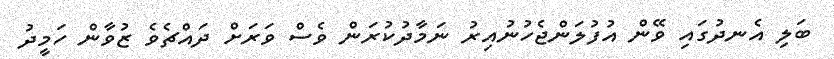
ބަލި އެނދުގައި ވޭން އުފުލަންޖެހުނުއިރު ނަމާދުކުރަން ވެސް ވަރަށް ދައްޗެވެ ޒުވާން ހަމީދު